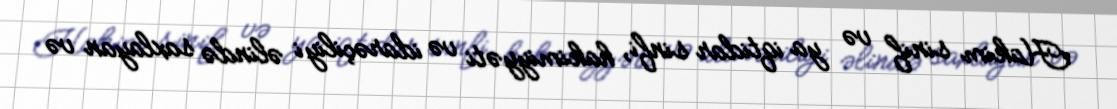
Hakim sinif və ya iqtidar sinfi, hakimiyyəti və idarəçiliyi əlində saxlayan və